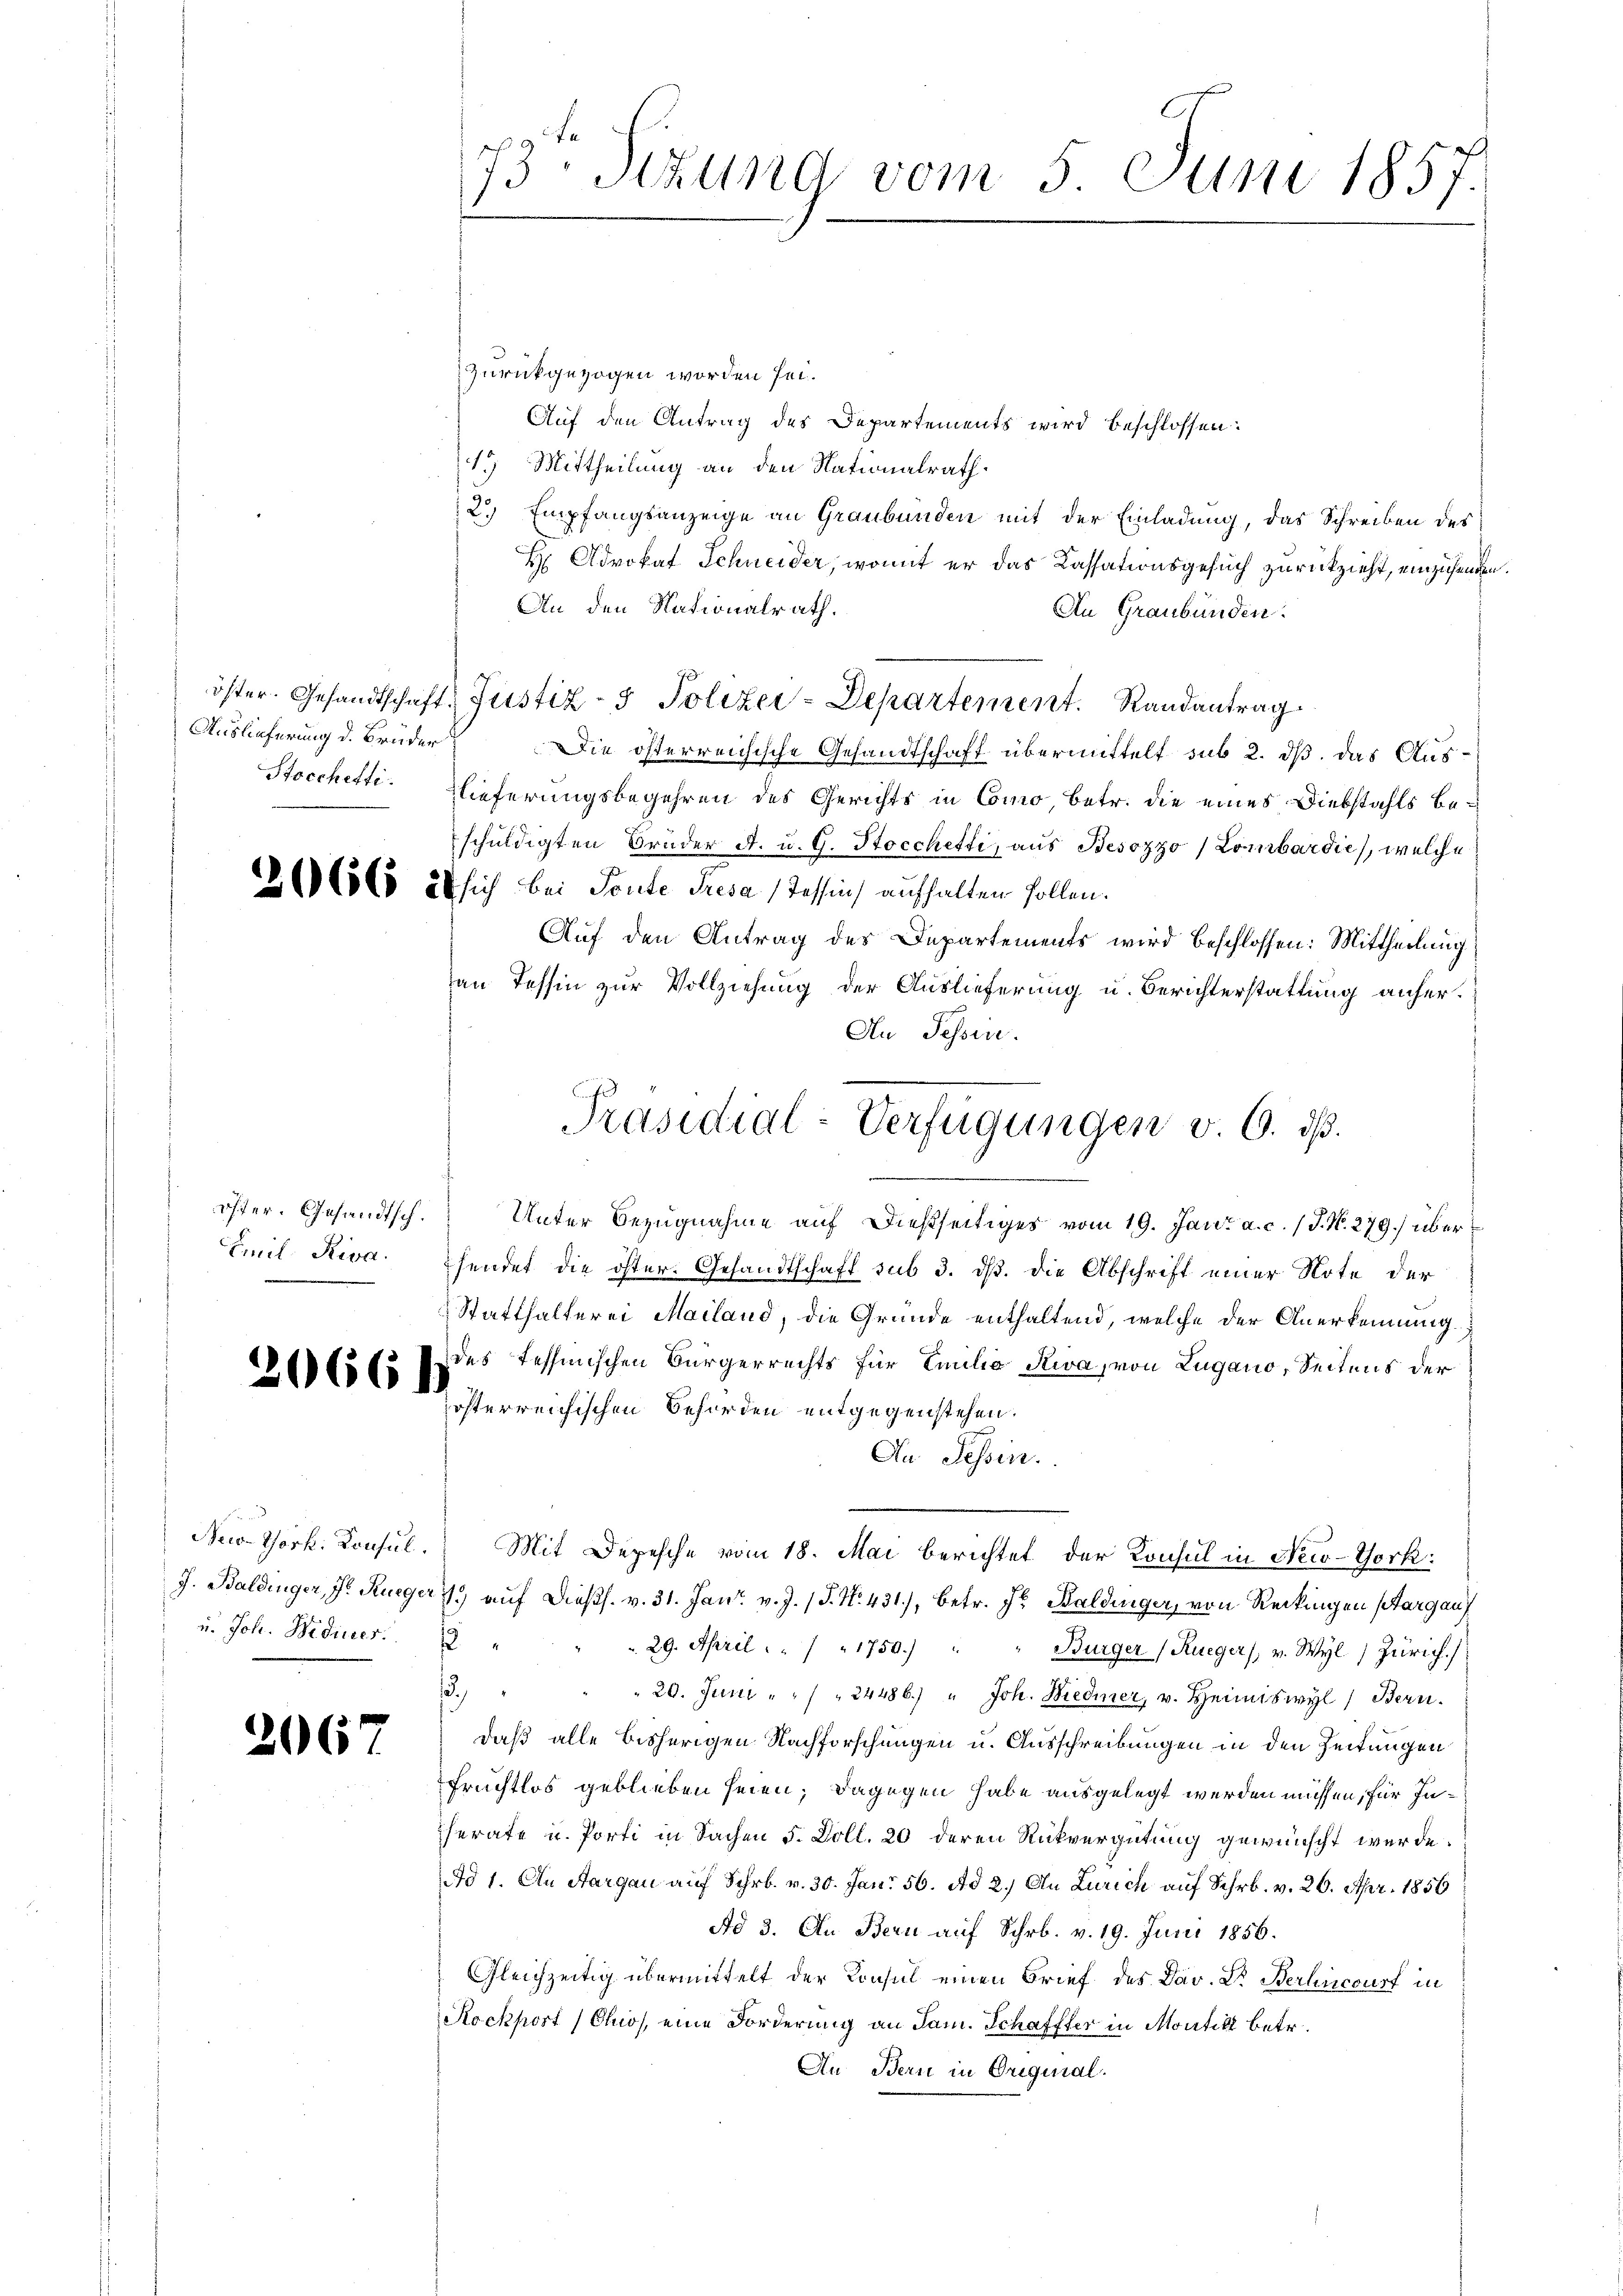
Auslieferung d. Brüder
Stocchetti.

Emil Riva

2666)

u. Joh. Wediuer.

2067

73 Sizung vom 5. Juni 1857.

zurückgezogen worden sei.
Auf den Antrag des Departements wird beschlossen:
 Mittheilung an den Nationalrath.
2.) Empfangsanzeige an Graubünden mit der Einladung, das Schreiben des
H Advokat Schneider, womit er das Cassationsgesuch zurückzieht, einzusenden.
An den Nationalrath.
An Graubünden.
öster. Gesandtschaft, Justiz- & Polizei-Departement. Randantrag
Die österreichische Gesandtschaft übermittelt sub 2. ds. das Auslieferungsbegehren des Gerichts in Como, betr. die eines Diebstahls beschuldigten Bruder A. u. G. Stocchetti, aus Besozzo / Lombardie, welche
26 (563 20 sich bei Toute Tresa (Tessin aufhalten sollen.
Auf den Antrag des Departements wird beschlossen: Mittheilung
an Tessin zur Vollziehung der Auslieferung u. Berichterstattung anher¬
An Tessin.
öster. Gesandtsch. Unter Bezugnahme auf dießseitiges vom 19. Jan. a. c. / J. N. 279) überfendet die öster. Gesandtschaft sub 3. dß. die Abschrift einer Note der
Statthalterei Mailand, die Gründe enthaltend, welche der Anerkennung
des Tessinischen Bürgerrechts für Emilio Riva, von Lugano, Seitens der
österreichischen Behörden entgegenstehen.
An Tessin.
New York. Konsul. Mit Depesche vom 18. Mai berichtet der Konsul in New-York:
J. Baldinger, J. Rüeger 19 auf Diess. v. 31. Janr. v. J. J. No. 431), betr. Jr. Baldiger, von Reckingen stargauf
f
29. April " " " 1750.) " " Bürger (Kueger, v. Wyl, Zürich.)
.
 20. Juni " " " " 24486. " Joh. Biedmer, v. Heimiswyl) Bern.
daß alle bisherigen Nachforschungen u. Ausschreibungen in den Zeitungen
Fruchtlos geblieben seien; dagegen habe ausgelegt werden müssen, für Inherate u. Porti in Sachen 5. Doll. 20 deren Rückvergütung gewünscht werde.
Ad 1. An Aargau auf Schr. v. 30. Jan. 56. Ad 2.) An Zürich auf Schr. v. 26. Apr. 1856
Ad 3. An Bern auf Schr. v. 19. Juni 1856.
Gleichzeitig übermittelt der Konsul einen Brief des Dav. Dr. Berlincourt in
Rockpost (Chos, eine Forderung an Jam. Schaffter in Montik betr.
An Bern in Origural.

Präsidial-Verfügungen v. 6. ds.